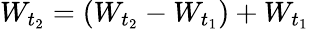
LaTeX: W_{t_{2}}=(W_{t_{2}}-W_{t_{1}})+W_{t_{1}}